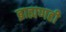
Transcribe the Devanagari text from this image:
ब्राह्मणही